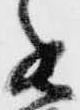
書